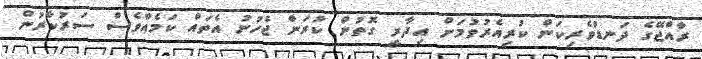
ރާއްޖޭގެ ދަނޑުވެރިކަން ކުރިއެރުވުމަށް އިދާރީ ގޮތުން ކުރަން ޖެހުނު އެތައް ކަމެއްވެސް ސަރުކާރުން